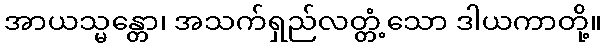
အာယသ္မန္တော၊ အသက်ရှည်လတ္တံ့သော ဒါယကာတို့။